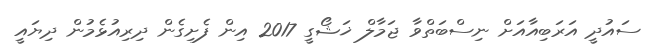
ސައުދީ އަރަބިއާއަށް ނިސްބަތްވާ ޖަމާލް ޚަޝޯގީ 2017 އިން ފެށިގެން ދިރިއުޅެމުން ދިޔައީ